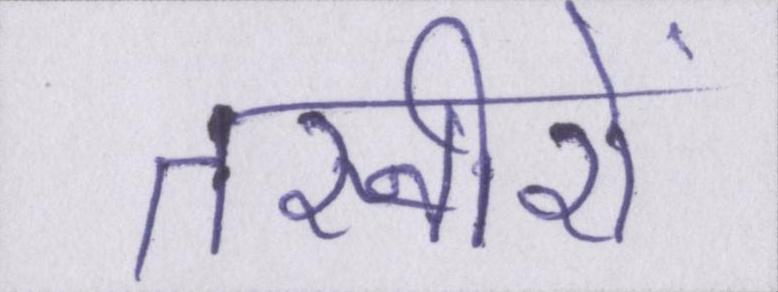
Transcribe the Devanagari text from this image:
तस्वीरों